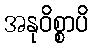
အနုဝိစ္စာပိ